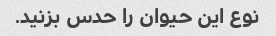
نوع این حیوان را حدس بزنید.